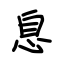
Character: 息